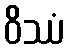
ဝိဿံ